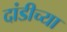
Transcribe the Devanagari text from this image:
दांडीच्या